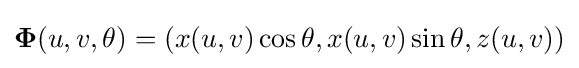
{\boldsymbol {\Phi }}(u,v,\theta )=(x(u,v)\cos \theta ,x(u,v)\sin \theta ,z(u,v))